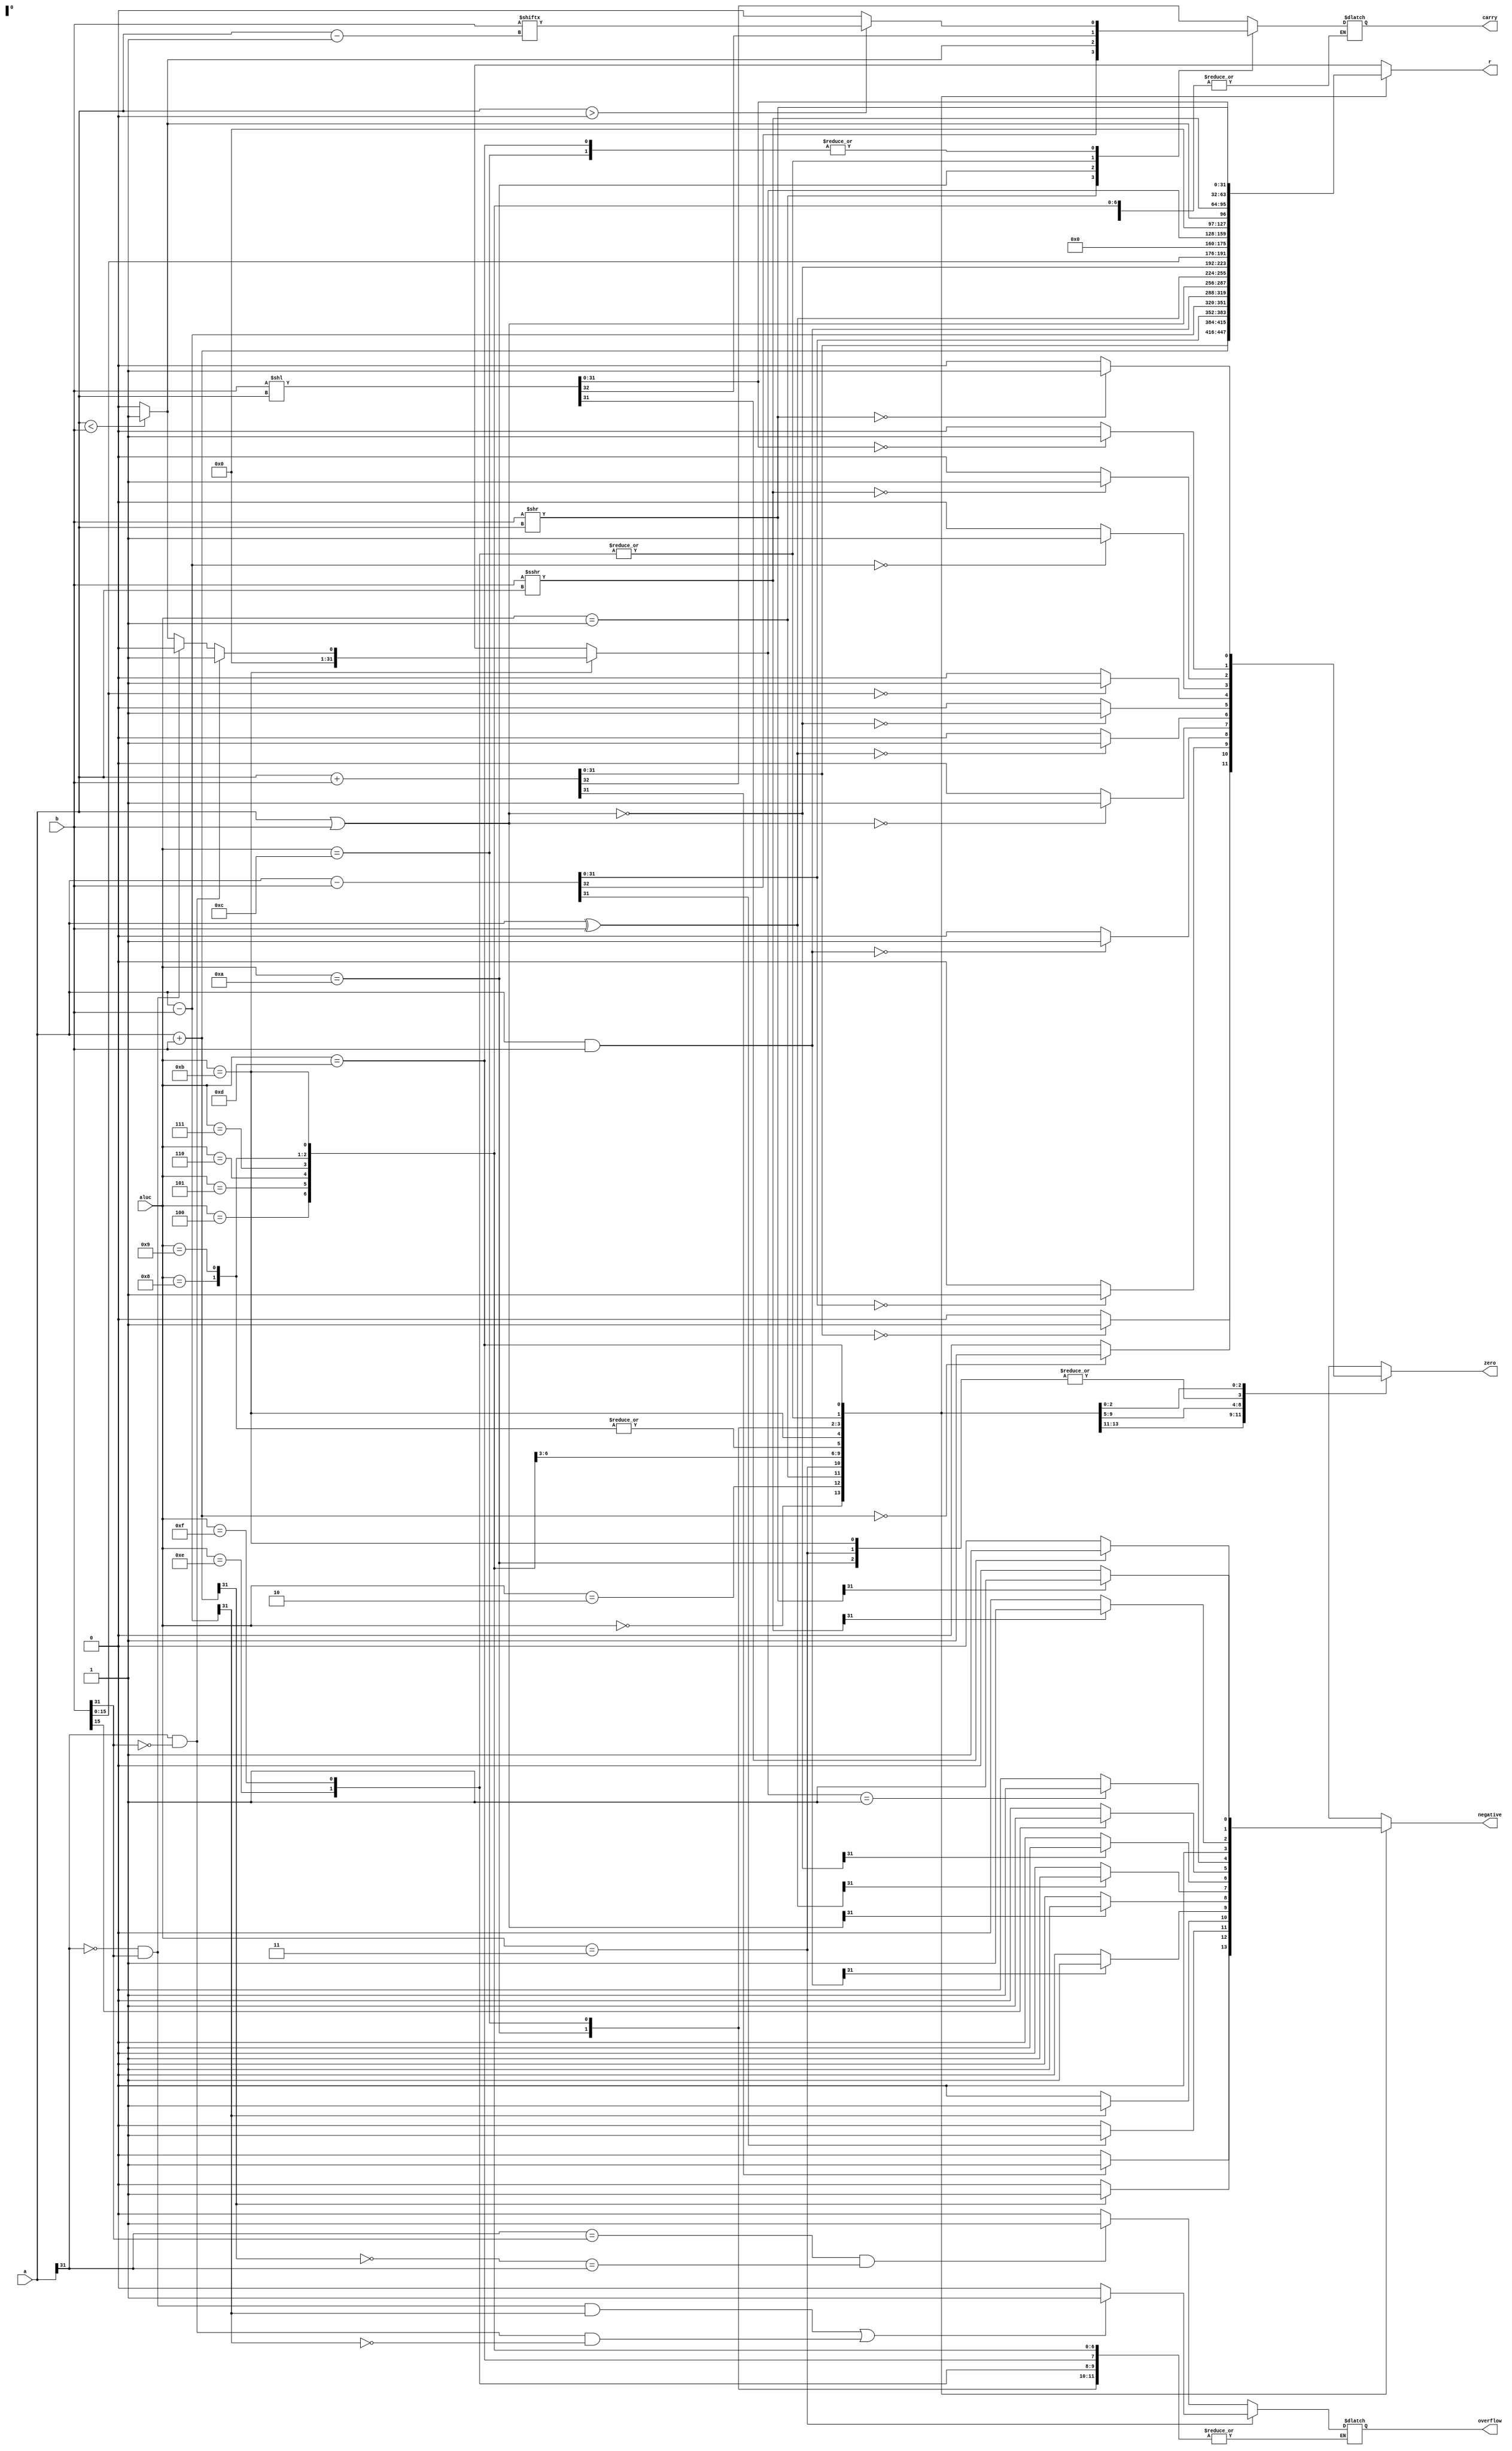
`timescale 1ns / 1ps
//////////////////////////////////////////////////////////////////////////////////
// Company: 
// Engineer: 
// 
// Design Name: 
// Module Name: alu
// Project Name: 
// Target Devices: 
// Tool Versions: 
// Description: 
// 
// Dependencies: 
// 
// Revision:
// Revision 0.01 - File Created
// Additional Comments:
// 
//////////////////////////////////////////////////////////////////////////////////


module alu(
    input [31:0] a,
    input [31:0] b,
    input [3:0] aluc,
    output reg [31:0] r,
    output reg zero,
    output reg carry,
    output reg negative,
    output reg overflow
    );
always @ (*)
begin
    case(aluc)
        4'b0000://ADDU
            begin
            {carry,r}=a+b;
            zero=(r==0)?1:0;
            negative=(r[31]==1)?1:0;
            end
        4'b0010://ADD
            begin
            r=a+b;
            overflow=((a[31]==b[31])&&(~r[31]==a[31]))?1:0;
            zero=(r==0)?1:0;
            negative=(r[31]==1)?1:0;
            end
        4'b0001://SUBU
            begin
            {carry,r}=a-b;
            zero=(r==0)?1:0;
            negative=(r[31]==1)?1:0;
            end
        4'b0011://SUB
            begin
            r=a-b;
            overflow=((a[31]==0&&b[31]==1&&r[31]==1)||(a[31]==1&&b[31]==0&&r[31]==0))?1:0;
            zero=(r==0)?1:0;
            negative=(r[31]==1)?1:0;
            end
        4'b0100://AND
            begin
            r=a&b;
            zero=(r==0)?1:0;
            negative=(r[31]==1)?1:0;
            end
        4'b0101://OR
            begin
            r=a|b;
            zero=(r==0)?1:0;
            negative=(r[31]==1)?1:0;
            end
        4'b0110://XOR
            begin
            r=a^b;
            zero=(r==0)?1:0;
            negative=(r[31]==1)?1:0;
            end
        4'b0111://NOR
            begin
            r=~(a|b);
            zero=(r==0)?1:0;
            negative=(r[31]==1)?1:0;
            end
        4'b1000://LUI
            begin
            r={b[15:0],16'b0};
            zero=(r==0)?1:0;
            negative=(r[31]==1)?1:0;
            end
        4'b1001://LUI
            begin
            r={b[15:0],16'b0};
            zero=(r==0)?1:0;
            negative=(r[31]==1)?1:0;
            end
        4'b1011://SLT
            begin
            if(a[31]==1&&b[31]==0)
                r=1;
            else if(a[31]==0&&b[31]==1)
                r=0;
            else
                r=(a<b)?1:0;
            zero=((a-b)==0)?1:0;
            negative=(r==1)?1:0;
            end
        4'b1010://SLTU
            begin
            r=(a<b)?1:0;
            carry=r;
            zero=((a-b)==0)?1:0;
            negative=(r[31]==1)?1:0;
            end
        4'b1100://SRA
            begin
            r=($signed(b))>>>a;
            if(a>0)
                carry=b[a-1];
            else
                carry=0;
            zero=(r==0)?1:0;
            negative=(r[31]==1)?1:0;
            end
        4'b1110://SLL/SLA
            begin
            {carry,r}=b<<a;
            zero=(r==0)?1:0;
            negative=(r[31]==1)?1:0;
            end
        4'b1111://SLL/SLA
            begin
            {carry,r}=b<<a;
            zero=(r==0)?1:0;
            negative=(r[31]==1)?1:0;
            end
        4'b1101://SRL
            begin
            r=b>>a;
            if(a>0)
                carry=b[a-1];
            else
                carry=0;
            zero=(r==0)?1:0;
            negative=(r[31]==1)?1:0;
            end
    endcase           
end
endmodule